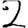
Digit: 2